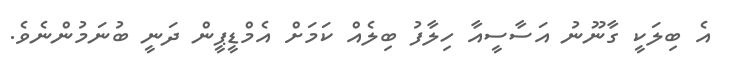
އެ ބިލަކީ ގާނޫނު އަސާސީއާ ހިލާފު ބިލެއް ކަމަށް އެމްޑީޕީން ދަނީ ބުނަމުންނެވެ.